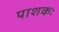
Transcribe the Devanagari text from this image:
पाशकः